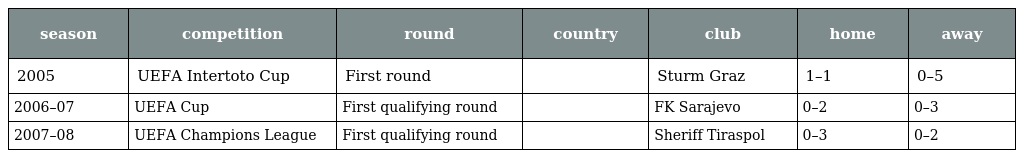
| season | competition | round | country | club | home | away |
 | --- | --- | --- | --- | --- | --- | --- |
 | 2005 | UEFA Intertoto Cup | First round |  | Sturm Graz | 1–1 | 0–5 |
 | 2006–07 | UEFA Cup | First qualifying round |  | FK Sarajevo | 0–2 | 0–3 |
 | 2007–08 | UEFA Champions League | First qualifying round |  | Sheriff Tiraspol | 0–3 | 0–2 |